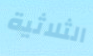
الثلاثية